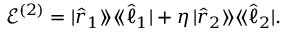
\mathcal { E } ^ { ( 2 ) } = | \hat { r } _ { 1 } \rangle \! \rangle \langle \! \langle \hat { \ell } _ { 1 } | + \eta \, | \hat { r } _ { 2 } \rangle \! \rangle \langle \! \langle \hat { \ell } _ { 2 } | .